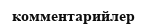
комментарийлер